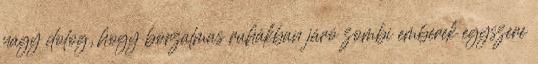
nagy dolog, hogy borzalmas ruhákban járó zombi emberek egyszere